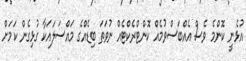
އުޅެނީ ކޮންމެ ވެސް އެއްބަސްވުމެއް ކޮންޓްރެކްޓެއް ނުވަތަ ބިޑެއްގެ މައްސަލައަކާ ގުޅިގެން ކަމަށް